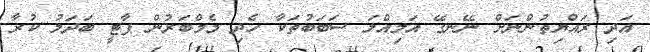
އަދި ރައްޔިތުންނަށް ނޭނގޭ އަމިއްލަ ސަބަބުތަކާ ހެދި މެމްބަރުން ޕާޓީ ބަދަލު ކުރާ